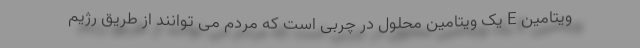
ویتامین E یک ویتامین محلول در چربی است که مردم می توانند از طریق رژیم